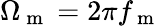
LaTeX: \Omega_{\mathrm{~m~}}=2\pi f_{\mathrm{~m~}}